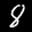
Label: 8